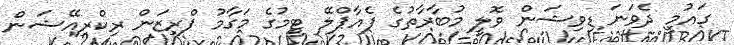
ގައުމީ ދެވަނަ ޑިވިޝަން ވޮލީ މުބާރާތުގެ ފެއާޕްލޭ ޓީމުގެ މަގާމު ޕްރިޒަން ރިކްރިއޭޝަން